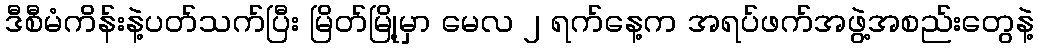
ဒီစီမံကိန်းနဲ့ပတ်သက်ပြီး မြိတ်မြို့မှာ မေလ ၂ ရက်နေ့က အရပ်ဖက်အဖွဲ့အစည်းတွေနဲ့